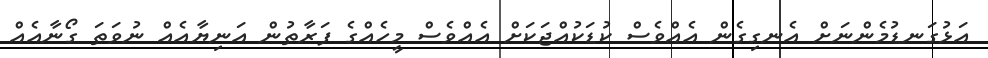
އަޅުގަނޑުމެންނަށް އެނގިގެން އެއްވެސް ކުޑަކުއްޖަކަށް އެއްވެސް މީހެއްގެ ފަރާތުން އަނިޔާއެއް ނުވަތަ ގޯނާއެއް